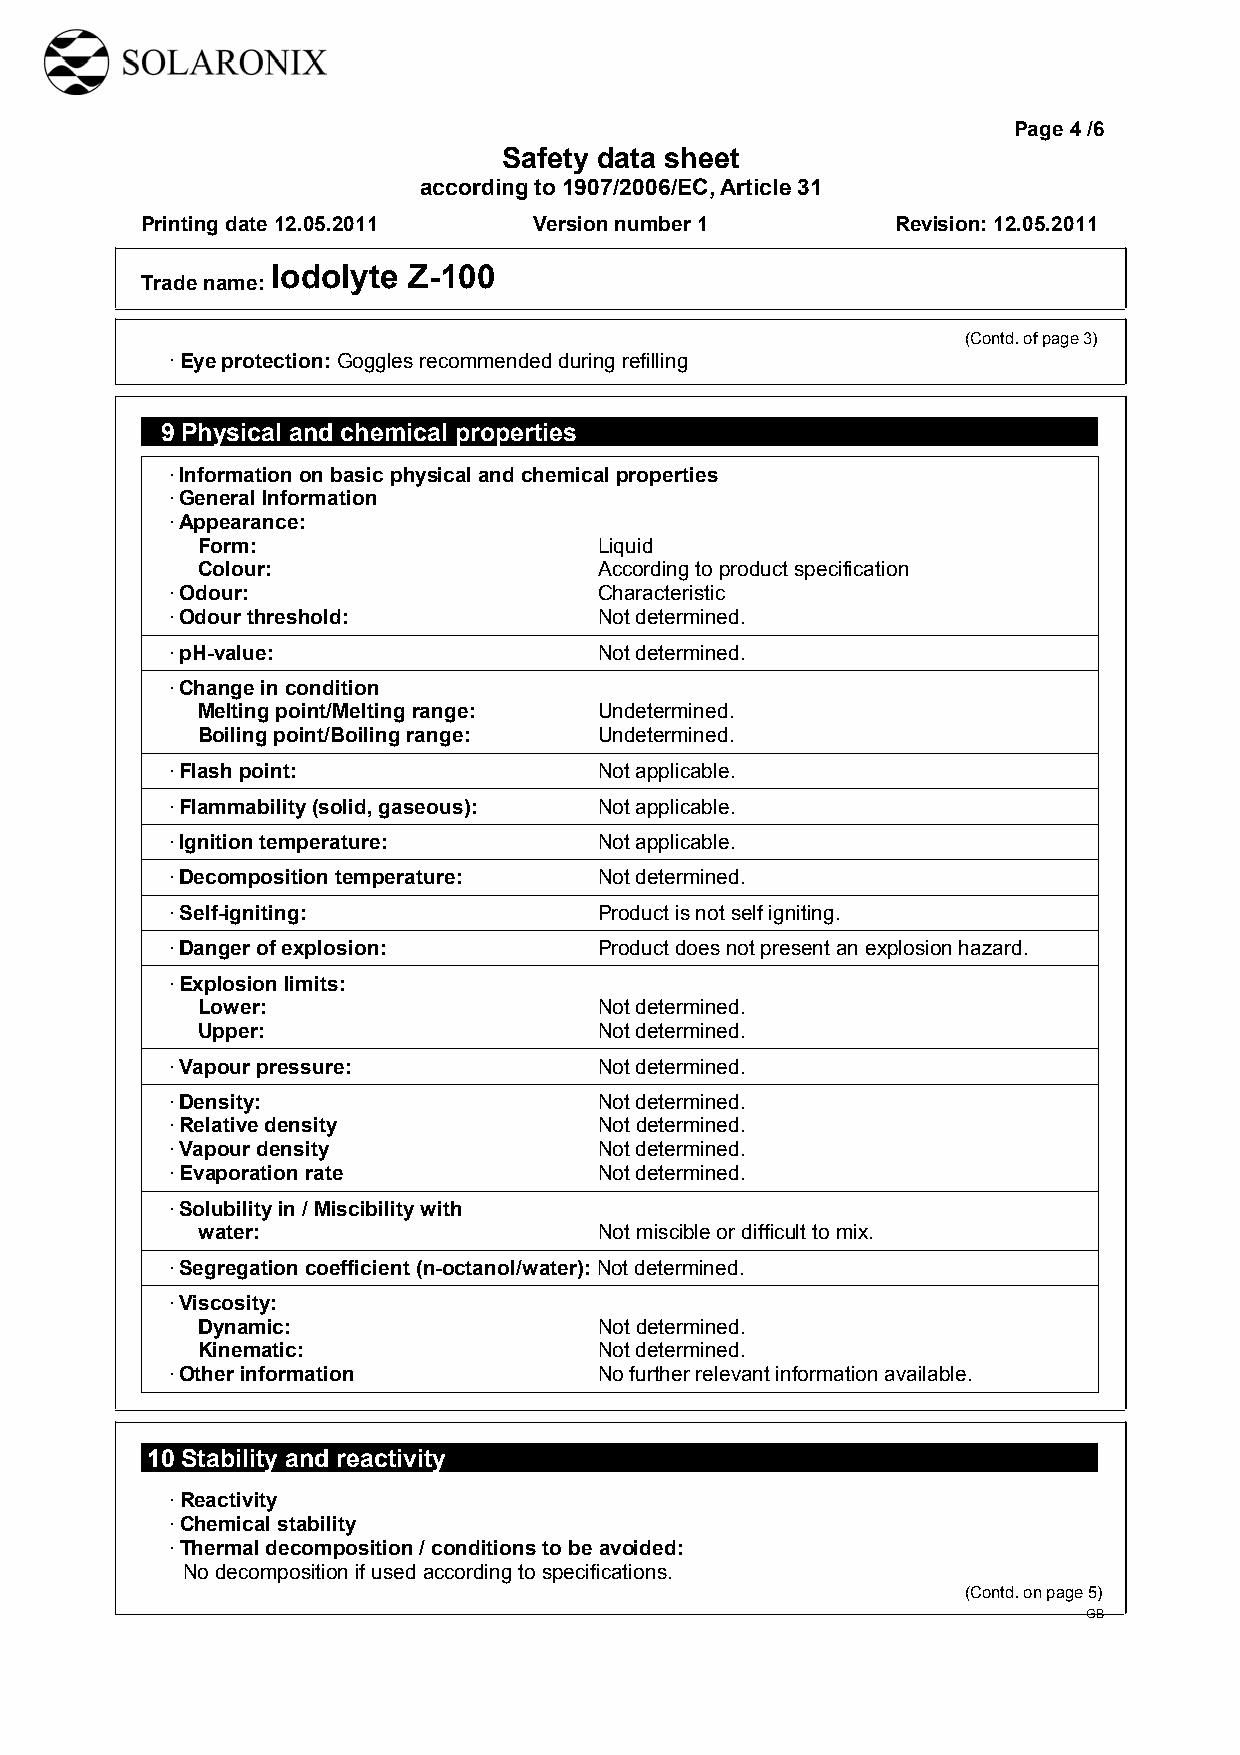
Page 4 /6
 Safety data sheet
 according to 1907/2006/EC, Article 31
 Printing date 12.05.2011  Version number 1        Revision: 12.05.2011
 Iodolyte Z-100
 Trade name:
 (Contd. of page 3)
 · Eye protection: Goggles recommended during refilling
 9 Physical and chemical properties
 · Information on basic physical and chemical properties
 · General Information
 · Appearance:
 Form:                      Liquid
 Colour:                    According to product specification
 · Odour:                     Characteristic
 · Odour threshold:           Not determined.
 · pH-value:                  Not determined.
 · Change in condition
 Melting point/Melting range: Undetermined.
 Boiling point/Boiling range: Undetermined.
 · Flash point:               Not applicable.
 · Flammability (solid, gaseous): Not applicable.
 · Ignition temperature:      Not applicable.
 · Decomposition temperature: Not determined.
 · Self-igniting:             Product is not self igniting.
 · Danger of explosion:       Product does not present an explosion hazard.
 · Explosion limits:
 Lower:                     Not determined.
 Upper:                     Not determined.
 · Vapour pressure:           Not determined.
 · Density:                   Not determined.
 · Relative density           Not determined.
 · Vapour density             Not determined.
 · Evaporation rate           Not determined.
 · Solubility in / Miscibility with
 water:                     Not miscible or difficult to mix.
 · Segregation coefficient (n-octanol/water): Not determined.
 · Viscosity:
 Dynamic:                   Not determined.
 Kinematic:                 Not determined.
 · Other information          No further relevant information available.
 10 Stability and reactivity
 · Reactivity
 · Chemical stability
 · Thermal decomposition / conditions to be avoided:
 No decomposition if used according to specifications.
 (Contd. on page 5)
 GB
 DR